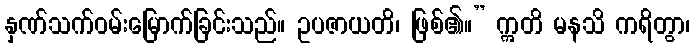
နှဏ်သက်ဝမ်းမြောက်ခြင်းသည်။ ဥပဇာယတိ၊ ဖြစ်၏။” ဣတိ မနသိ ကရိတွာ၊